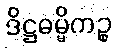
ဒိဋ္ဌဓမ္မိကဉ္စ